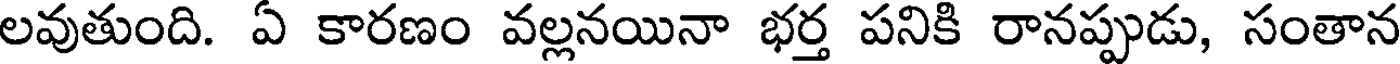
లవుతుంది. ఏ కారణం వల్లనయినా భర్త పనికి రానప్పుడు, సంతాన